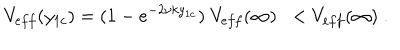
V _ { e f f } ( y _ { 1 c } ) = ( 1 - e ^ { - 2 \nu k y _ { 1 c } } ) \; V _ { e f f } ( \infty ) \; \; < V _ { e f f } ( \infty ) \; .